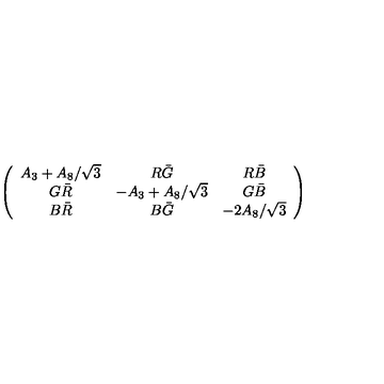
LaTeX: \left( \begin{array} { c c c } { A _ { 3 } + A _ { 8 } / \sqrt { 3 } } & { R \bar { G } } & { R \bar { B } } \\ { G \bar { R } } & { - A _ { 3 } + A _ { 8 } / \sqrt { 3 } } & { G \bar { B } } \\ { B \bar { R } } & { B \bar { G } } & { - 2 A _ { 8 } / \sqrt { 3 } } \\ \end{array} \right)